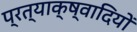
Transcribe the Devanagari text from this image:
प्रत्याक्ष्वादियों